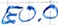
Text: E0.0